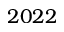
2 0 2 2